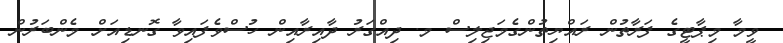
ވީމާ މިޕާޓީގެ ފަރާތުން ރައްޔިތުންގެމަޖިލިސް މ. ދިއްގަރު ދާއިރާއިން ހުސްވެފައިވާ ގޮނޑިއަށް މެންބަރުން